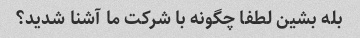
بله بشین لطفا چگونه با شرکت ما آشنا شدید؟